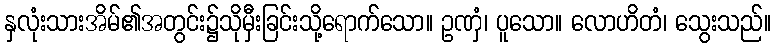
နှလုံးသားအိမ်၏အတွင်း၌သိုမှီးခြင်းသို့ရောက်သော။ ဥဏှံ၊ ပူသော။ လောဟိတံ၊ သွေးသည်။